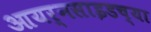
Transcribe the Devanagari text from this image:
आयर्नसाइडच्या